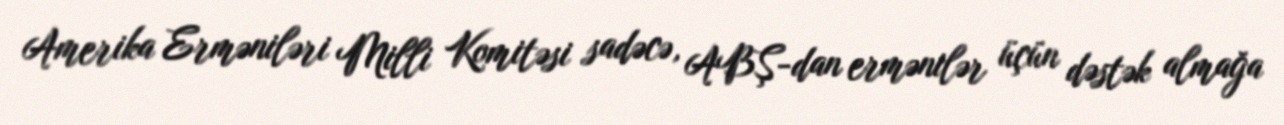
Amerika Erməniləri Milli Komitəsi sadəcə, ABŞ-dan ermənilər üçün dəstək almağa